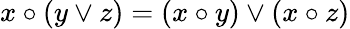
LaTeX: x\circ(y\lor z)=(x\circ y)\lor(x\circ z)